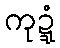
ကုဍ္ဍံ